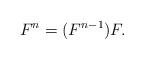
LaTeX: \begin{align*}F^n=(F^{n-1})F.\end{align*}